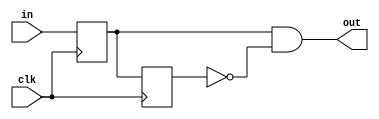
module edge_detector(
    input clk,
    input in,
    output out
    );   

    reg A = 1'b0;
    reg B = 1'b0;
    wire nclk = !clk;

    always @(negedge clk) 
        A <= in;

    always @(negedge clk)
        B <= A;

    assign out = A & !B;

endmodule